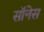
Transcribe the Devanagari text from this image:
सॉनेस